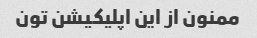
ممنون از این اپلیکیشن تون